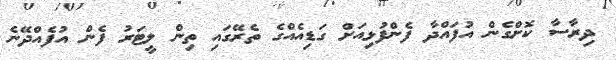
ދިރާސާ ކޮށްގެން އުފައްދާ ފެންފުޅިއަށް ގަޑިއެއްގެ ތެރޭގައި ތިން ލީޓަރު ފެން އުފެއްދޭނެ